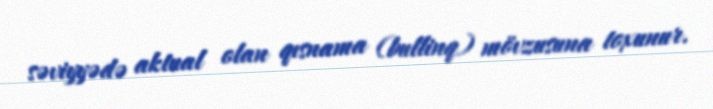
səviyyədə aktual olan qısnama (bullinq) mövzusuna toxunur.